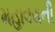
મહાવરાની